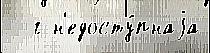
  г н'едосту́пнаjа